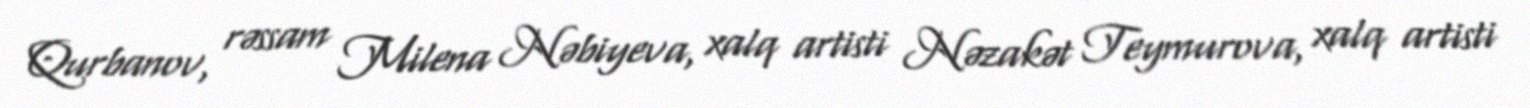
Qurbanov, rəssam Milena Nəbiyeva, xalq artisti Nəzakət Teymurova, xalq artisti